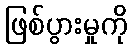
ဖြစ်ပွားမှုကို